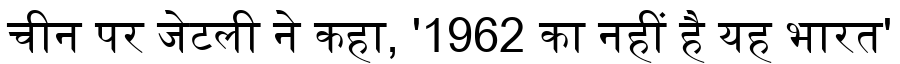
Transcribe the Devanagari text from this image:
चीन पर जेटली ने कहा, '1962 का नहीं है यह भारत'